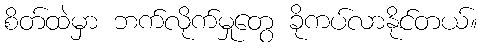
စိတ်ထဲမှာ ဘက်လိုက်မှုတွေ ခိုကပ်လာနိုင်တယ်။